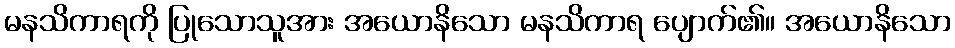
မနသိကာရကို ပြုသောသူအား အယောနိသော မနသိကာရ ပျောက်၏။ အယောနိသော